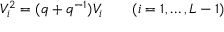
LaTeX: V _ { i } ^ { 2 } = ( q + q ^ { - 1 } ) V _ { i } \qquad ( i = 1 , \ldots , L - 1 )